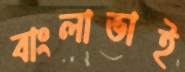
বাংলাভাই